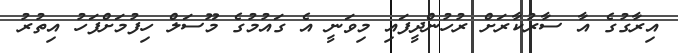
އިރާގުގެ އާ ސާރުކާރަށް ރުހުންދީފައި މިވަނީ އެ ގައުމުގެ މޫސަލް ހިފުމަށްފަހު އިތުރު